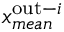
x _ { m e a n } ^ { \mathrm { o u t } - i }